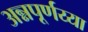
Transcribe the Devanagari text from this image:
अन्नपूर्णय्या